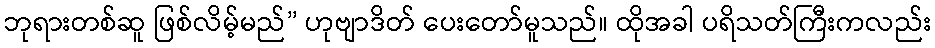
ဘုရားတစ်ဆူ ဖြစ်လိမ့်မည်” ဟုဗျာဒိတ် ပေးတော်မူသည်။ ထိုအခါ ပရိသတ်ကြီးကလည်း